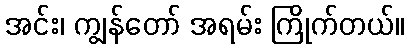
အင်း၊ ကျွန်တော် အရမ်း ကြိုက်တယ်။